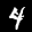
Label: 4